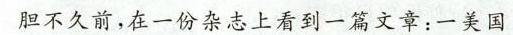
胆不久前，在一份杂志上看到一篇文章：一美国